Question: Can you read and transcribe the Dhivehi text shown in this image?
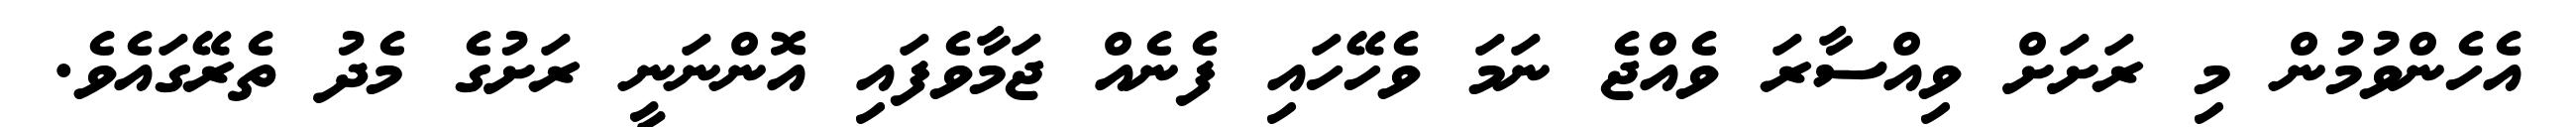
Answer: އެހެންވުމުން މި ރަށަށް ވިއްސާރަ ވެއްޖެ ނަމަ ވެހޭހައި ފެނެއް ޖަމާވެފައި އޮންނަނީ ރަށުގެ މެދު ތެރޭގައެވެ.